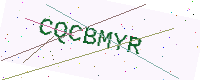
Text: CQCBMYR